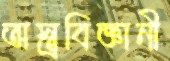
অস্ত্রবিজ্ঞানী